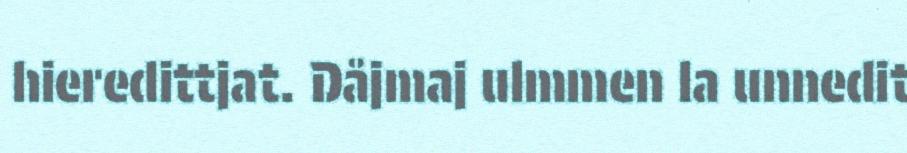
hieredittjat. Dåjmaj ulmmen la unnedit